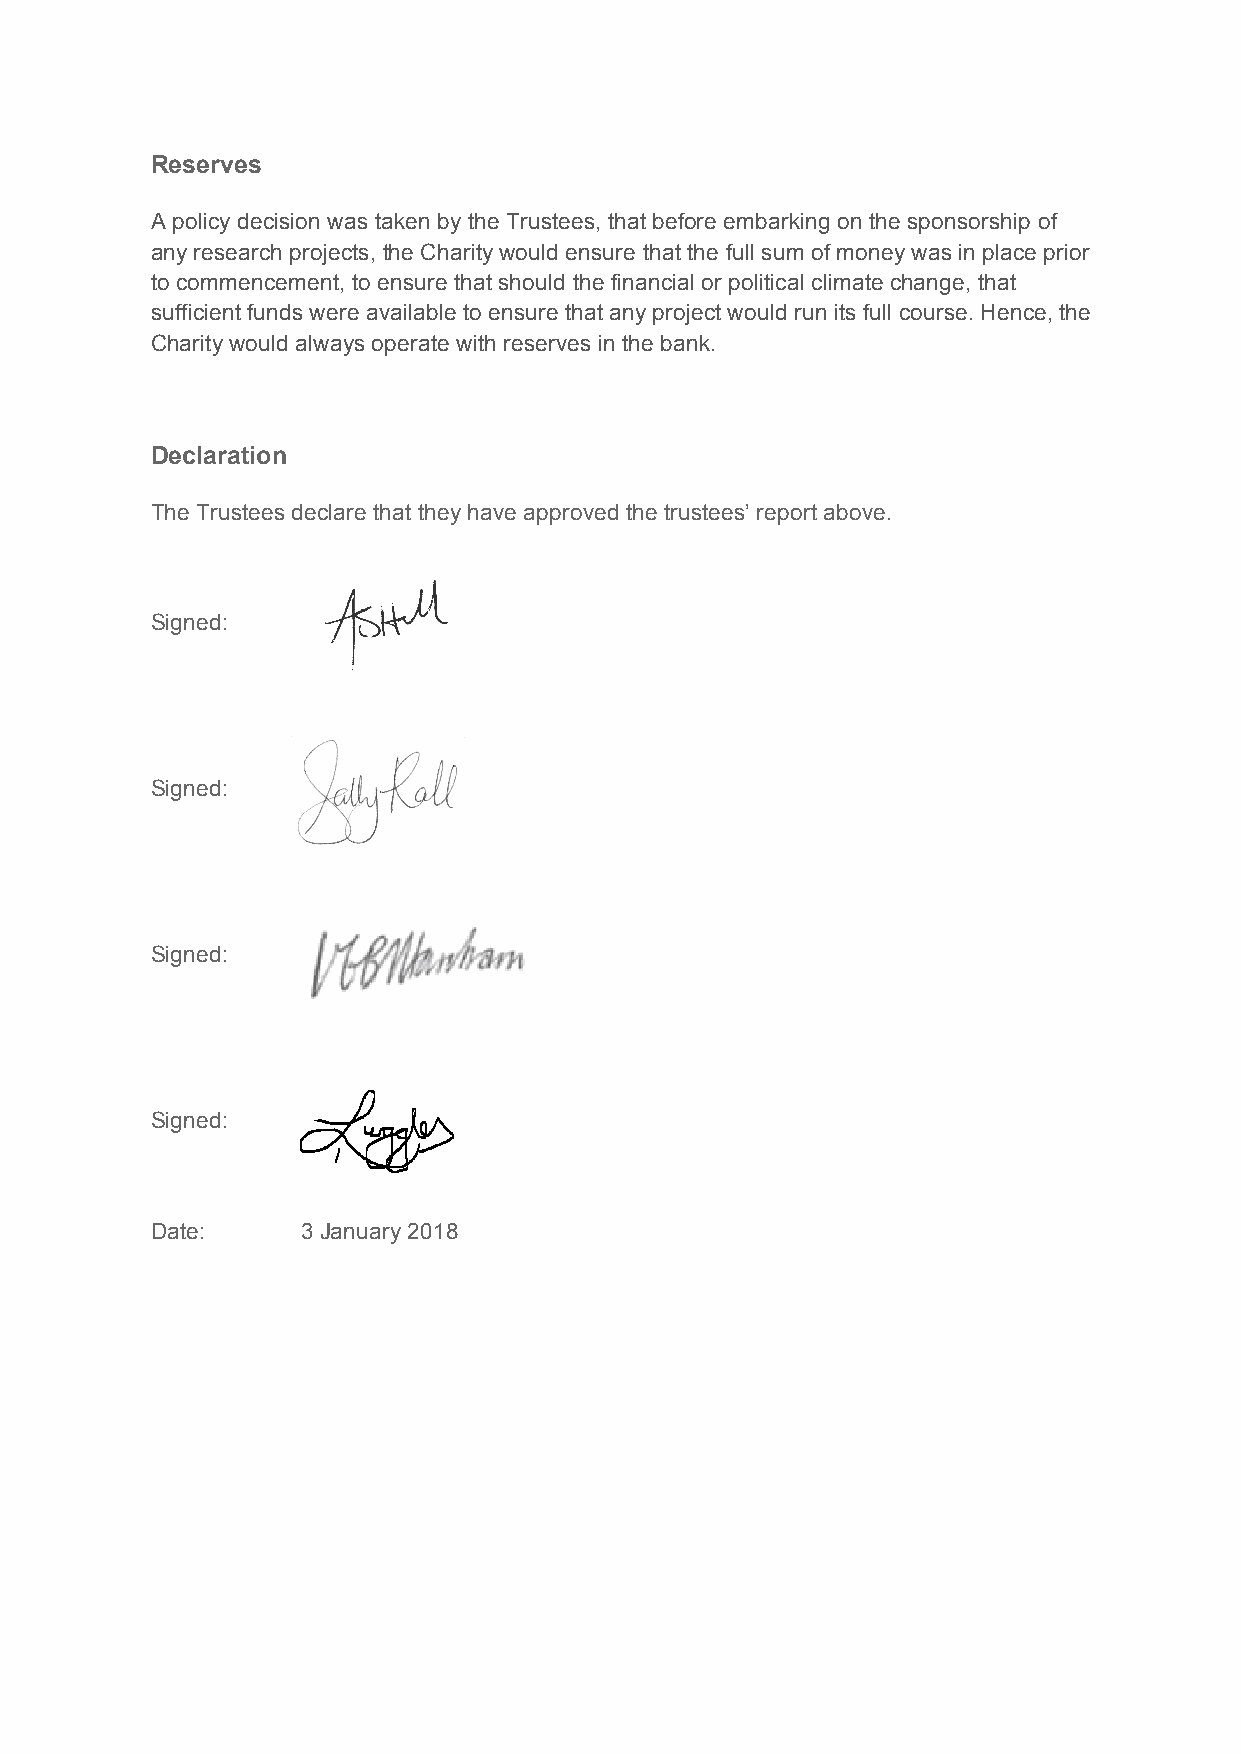
Reserves
 A policy decision was taken by the Trustees, that before embarking on the sponsorship of
 any research projects, the Charity would ensure that the full sum of money was in place prior
 to commencement, to ensure that should the financial or political climate change, that
 sufficient funds were available to ensure that any project would run its full course. Hence, the
 Charity would always operate with reserves in the bank.
 Declaration
 The Trustees declare that they have approved the trustees’ report above.
 Signed:
 Signed:
 Signed:
 Signed:
 Date:     3 January 2018